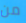
من